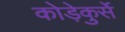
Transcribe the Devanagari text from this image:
कोड़ेकुर्से